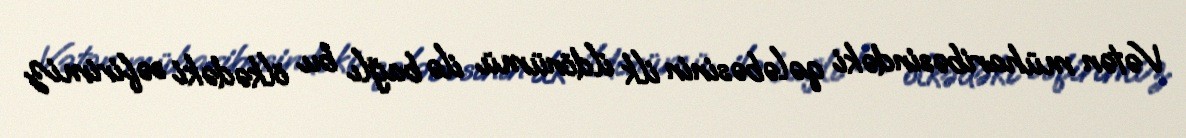
Vətən müharibəsindəki qələbəsinin ilk ildönümü ilə bağlı bu ölkədəki səfirimiz